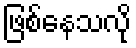
ဖြစ်နေသလို